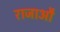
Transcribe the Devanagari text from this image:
राजाऔ